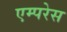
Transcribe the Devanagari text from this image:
एम्परेस